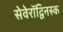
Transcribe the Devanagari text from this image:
सेवेरॉद्विनस्क